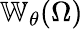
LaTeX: \mathbb{W}_{\theta}(\Omega)